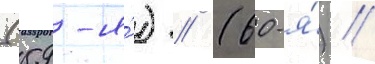
(59-я́) // (60-я́) //